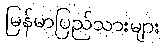
မြန်မာပြည်သားများ